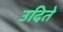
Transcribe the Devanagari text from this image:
उदिते